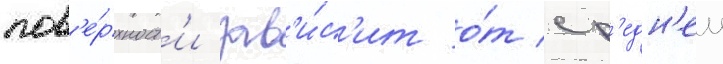
пов'е́рхност'и зав'и́с'ит о́т ср'едн'еи